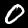
Digit: 0